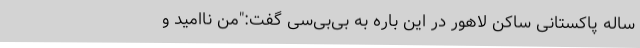
ساله پاکستانی ساکن لاهور در این باره به بی‌بی‌سی گفت:"من ناامید و